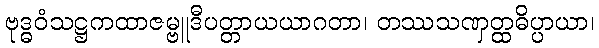
ဗုဒ္ဓဝံသဋ္ဌကထာဇမ္ဗူဒီပတ္တာယယာဂတာ၊ တဿသဏှတ္ထဓိပ္ပာယာ၊